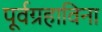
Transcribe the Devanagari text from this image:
पूर्वग्रहाविना